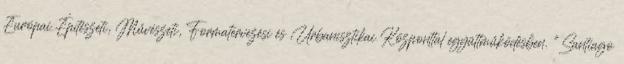
Európai Építészeti, Művészeti, Formatervezési és Urbanisztikai Központtal együttműködésben. "Santiago